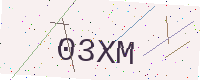
Text: 03XM